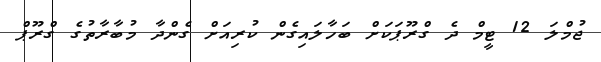
ޖުމްލަ 12 ޓީމް ދެ ގްރޫޕަކަށް ބަހާލައިގެން ކުރިއަށް ގެންދާ މުބާރާތުގެ ގްރޫޕް